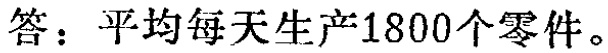
答：平均每天生产1800个零件。